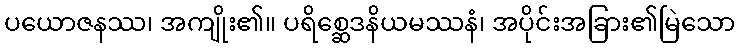
ပယောဇနဿ၊ အကျိုး၏။ ပရိစ္ဆေဒနိယမဿနံ၊ အပိုင်းအခြား၏မြဲသော